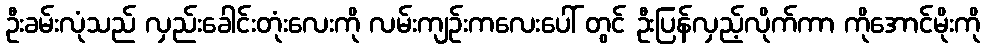
ဦးခမ်းလုံသည် လှည်းခေါင်းတုံးလေးကို လမ်းကျဉ်းကလေးပေါ် တွင် ဦးပြန်လှည့်လိုက်ကာ ကိုအောင်မိုးကို